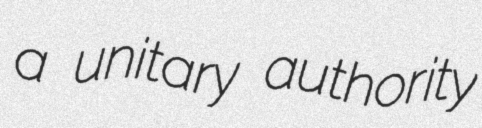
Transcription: a unitary authority